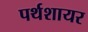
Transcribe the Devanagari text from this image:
पर्थशायर